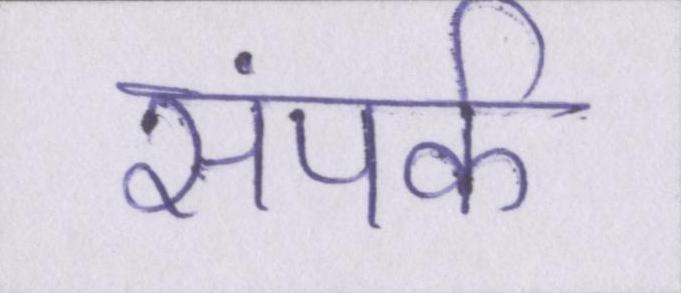
संपर्क